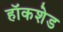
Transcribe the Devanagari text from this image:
हॉकशेड